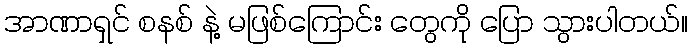
အာဏာရှင် စနစ် နဲ့ မဖြစ်ကြောင်း တွေကို ပြော သွားပါတယ်။